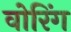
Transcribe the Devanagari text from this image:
वोरिंग